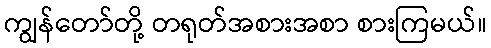
ကျွန်တော်တို့ တရုတ်အစားအစာ စားကြမယ်။